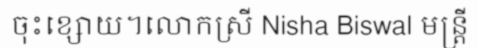
ចុះខ្សោយ។លោកស្រី Nisha Biswal មន្ត្រី